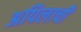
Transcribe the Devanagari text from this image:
अपिलाची